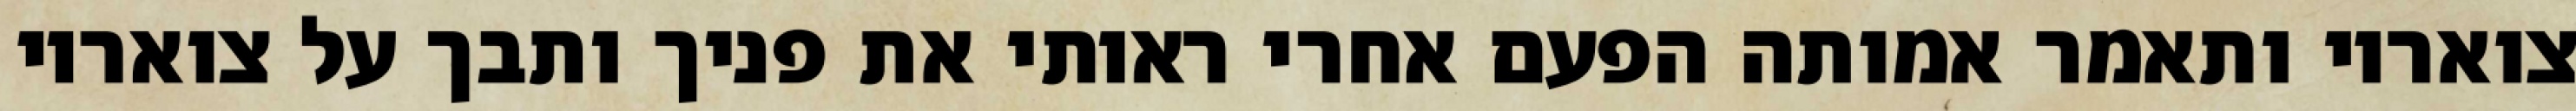
צואריו ותאמר אמותה הפעם אחרי ראותי את פניך ותבך על צואריו